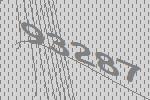
93287